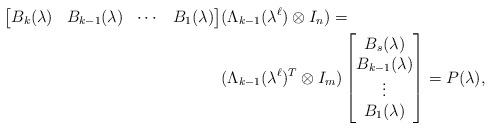
LaTeX: \begin{align*}\begin{bmatrix}B_k(\lambda) & B_{k-1}(\lambda) & \cdots & B_{1}(\lambda)\end{bmatrix}&(\Lambda_{k-1}(\lambda^\ell)\otimes I_n)= \\&(\Lambda_{k-1}(\lambda^\ell)^T\otimes I_m)\begin{bmatrix}B_s(\lambda) \\ B_{k-1}(\lambda) \\ \vdots \\ B_1(\lambda)\end{bmatrix}=P(\lambda),\end{align*}